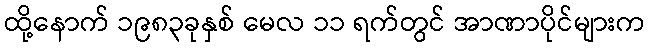
ထို့နောက် ၁၉၈၃ခုနှစ် မေလ ၁၁ ရက်တွင် အာဏာပိုင်များက